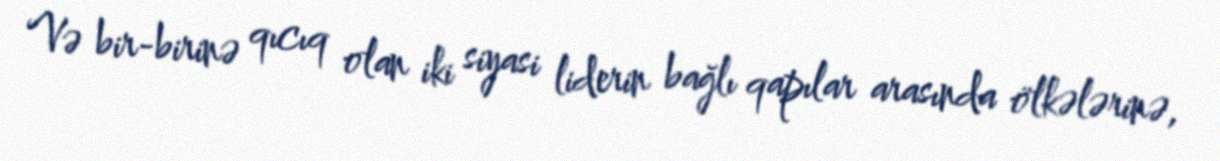
Və bir-birinə qıcıq olan iki siyasi liderin bağlı qapılar arasında ölkələrinə,